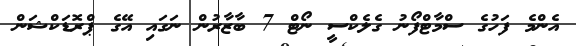
އެންމެ ފަހުގެ ސްމާޓްފޯނު ގެލެކްސީ ނޯޓް 7 ބާޒާރުން ނަގައި އޭގެ ޕްރޮޑަކްޝަން